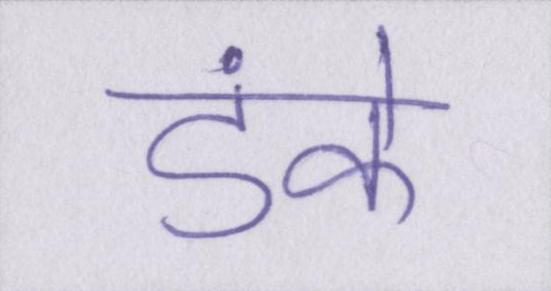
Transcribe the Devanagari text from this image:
डंके